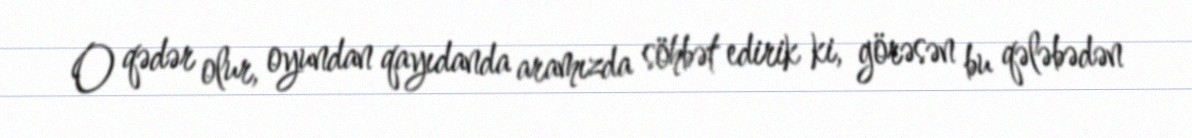
O qədər olur, oyundan qayıdanda aramızda söhbət edirik ki, görəsən bu qələbədən